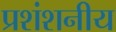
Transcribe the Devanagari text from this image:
प्रशंशनीय